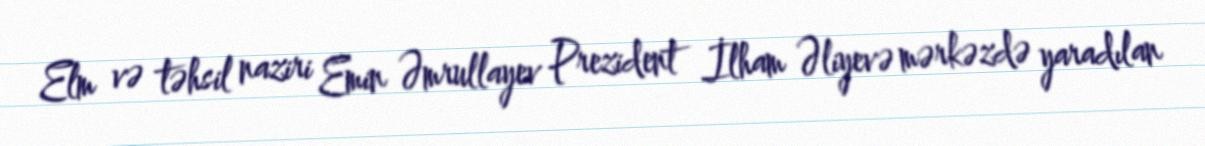
Elm və təhsil naziri Emin Əmrullayev Prezident İlham Əliyevə mərkəzdə yaradılan